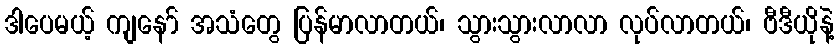
ဒါပေမယ့် ကျနော် အသံတွေ ပြန်မာလာတယ်၊ သွားသွားလာလာ လုပ်လာတယ်၊ ဗီဒီယိုနဲ့